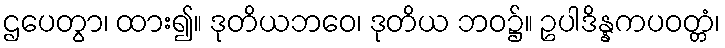
ဌပေတွာ၊ ထား၍။ ဒုတိယဘဝေ၊ ဒုတိယ ဘဝ၌။ ဥပါဒိန္နကပဝတ္တံ၊